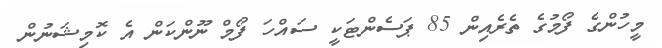
މީހުންގެ ފޯމުގެ ތެރެއިން 85 ޕަސެންޓަކީ ސައްހަ ފޯމް ނޫންކަން އެ ކޮމިޝަނުން